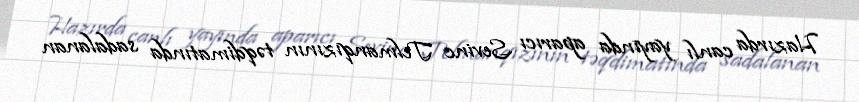
Hazırda canlı yayında aparıcı Sevinc Telmanqızının təqdimatında sadalanan